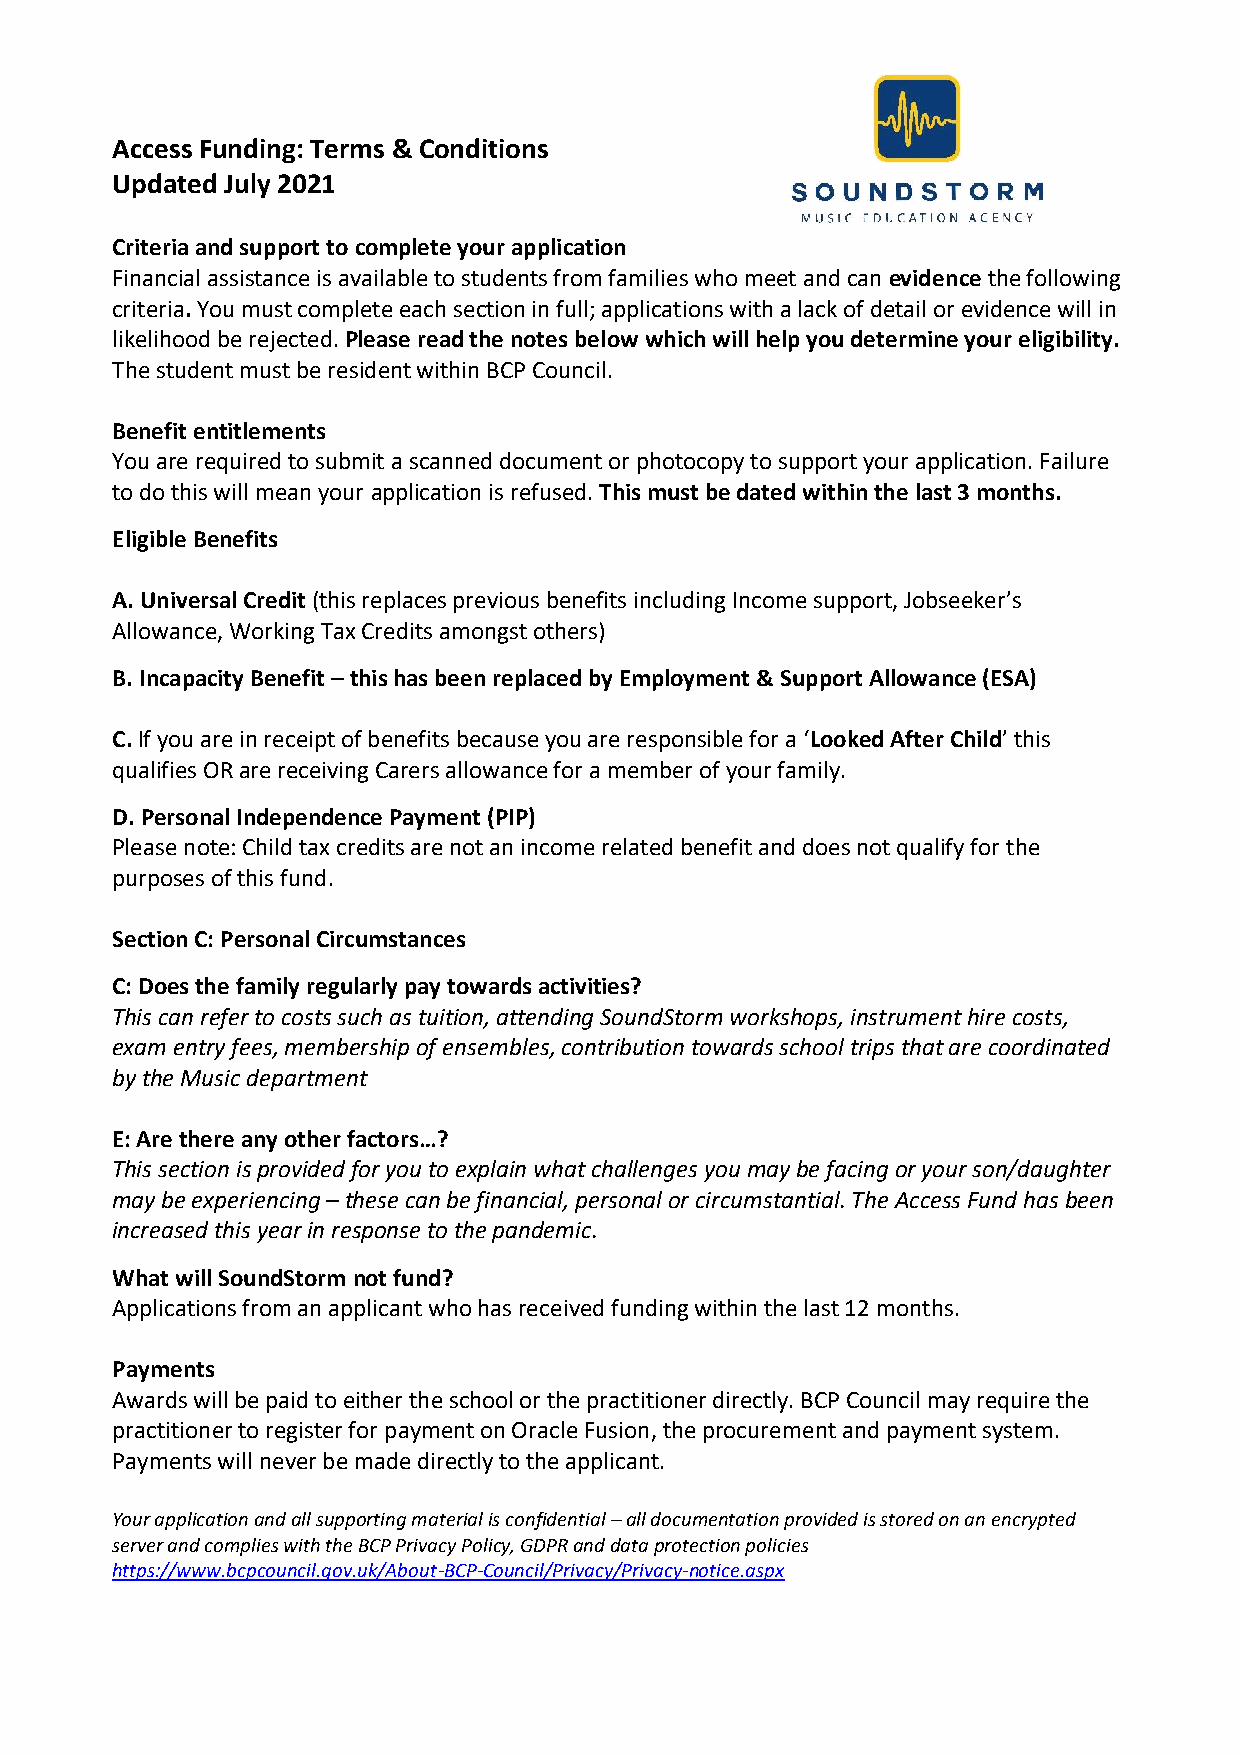
Access Funding: Terms & Conditions
 Updated July 2021
 Criteria and support to complete your application
 Financial assistance is available to students from families who meet and can evidence the following
 criteria. You must complete each section in full; applications with a lack of detail or evidence will in
 likelihood be rejected. Please read the notes below which will help you determine your eligibility.
 The student must be resident within BCP Council.
 Benefit entitlements
 You are required to submit a scanned document or photocopy to support your application. Failure
 to do this will mean your application is refused. This must be dated within the last 3 months.
 Eligible Benefits
 A. Universal Credit (this replaces previous benefits including Income support, Jobseeker’s
 Allowance, Working Tax Credits amongst others)
 B. Incapacity Benefit – this has been replaced by Employment & Support Allowance (ESA)
 C. If you are in receipt of benefits because you are responsible for a ‘Looked After Child’ this
 qualifies OR are receiving Carers allowance for a member of your family.
 D. Personal Independence Payment (PIP)
 Please note: Child tax credits are not an income related benefit and does not qualify for the
 purposes of this fund.
 Section C: Personal Circumstances
 C: Does the family regularly pay towards activities?
 This can refer to costs such as tuition, attending SoundStorm workshops, instrument hire costs,
 exam entry fees, membership of ensembles, contribution towards school trips that are coordinated
 by the Music department
 E: Are there any other factors…?
 This section is provided for you to explain what challenges you may be facing or your son/daughter
 may be experiencing – these can be financial, personal or circumstantial. The Access Fund has been
 increased this year in response to the pandemic.
 What will SoundStorm not fund?
 Applications from an applicant who has received funding within the last 12 months.
 Payments
 Awards will be paid to either the school or the practitioner directly. BCP Council may require the
 practitioner to register for payment on Oracle Fusion, the procurement and payment system.
 Payments will never be made directly to the applicant.
 Your application and all supporting material is confidential – all documentation provided is stored on an encrypted
 server and complies with the BCP Privacy Policy, GDPR and data protection policies
 https://www.bcpcouncil.gov.uk/About-BCP-Council/Privacy/Privacy-notice.aspx